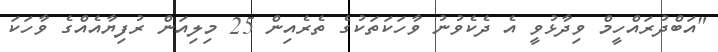
"އަބްދުރައްހީމް ވިދާޅުވީ އެ ދެކެވުނު ވާހަކަތަކުގެ ތެރެއިން 25 މިލިއަން ރުފިޔާއެއްގެ ވާހަކަ